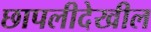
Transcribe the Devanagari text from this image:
छापलीदेखील